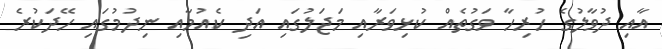
އާއި ދުވާލުގެ ހުރިހާ ވަގުތެއް ކުޅިވަރާއި މަޖަލުގައި އަދި ކެއުމާއި ނިދުމުގައި ހޭދަކުރެ